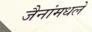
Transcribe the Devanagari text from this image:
जैनांमधले